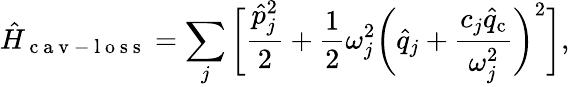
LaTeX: \hat{H}_{\mathrm{~c~a~v~-~l~o~s~s~}}=\sum_{j}\bigg[\frac{\hat{p}_{j}^{2}}{2}+\frac{1}{2}{\omega}_{j}^{2}\bigg(\hat{q}_{j}+\frac{c_{j}\hat{q}_{\mathrm{c}}}{{\omega}_{j}^{2}}\bigg)^{2}\bigg],